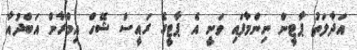
އަދާލަތު ޕާޓީން ނިންމާފައި ވަނީ އެ ޕާޓީގެ ރައީސް ޝޭހް އިމްރާން އަބްދުއާ